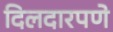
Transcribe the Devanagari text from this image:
दिलदारपणे